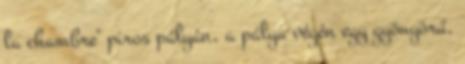
la chambre" piros pályán, a pálya végén egy gyönyörű,